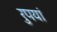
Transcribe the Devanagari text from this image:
रुपयां